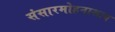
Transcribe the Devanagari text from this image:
संसारमोहनाशाय